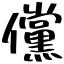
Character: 儻